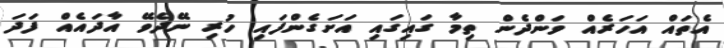
އެތައް އަހަރެއް ވަންދެން ތިމާ ގައިގައި އަށަގެންފައި ހުރި ނޭދެވޭ އާދައެއް ފަދަ